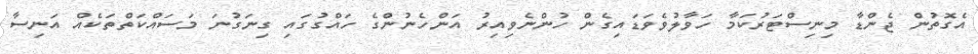
އެގޮތުން ޖެންޑާ މިނިސްޓަރުކަމާ ހަވާލުވެވަޑައިގެން ހުންނެވިއިރު އަންހެނުންގެ ހައްގުގައި ގިނަގުނަ މަސައްކަތްތަކެއް އަނިސާ